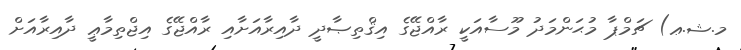
މ.ޝ.ޢ) ޗަމްޕާ މުޙަންމަދު މޫސާއަކީ ރާއްޖޭގެ އިޤްތިޞާދީ ދާއިރާއަށާއި ރާއްޖޭގެ އިޖްތިމާޢީ ދާއިރާއަށް